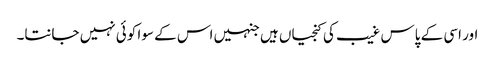
اور اسی کے پاس غیب کی کنجیاں ہیں جنہیں اس کے سوا کوئی نہیں جانتا۔